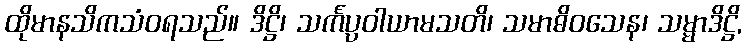
ထိုမာနသိကသံဝရသည်။ ဒိဋ္ဌိ၊ သင်္ကပ္ပဝါယာမသတိ၊ သမာဓိဝသေန၊ သမ္မာဒိဋ္ဌိ,